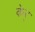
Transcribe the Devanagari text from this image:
केर्